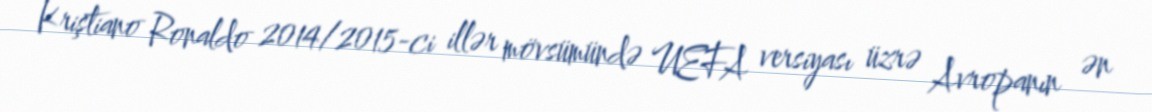
Kriştiano Ronaldo 2014/2015-ci illər mövsümündə UEFA versiyası üzrə Avropanın ən